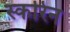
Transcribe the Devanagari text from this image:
स्करिन